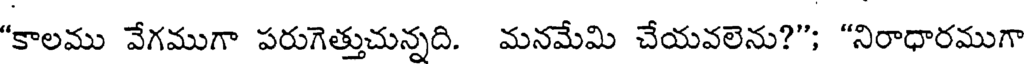
"కాలము వేగముగా పరుగెత్తుచున్నది. మనమేమి చేయవలెను?"; "నిరాధారముగా